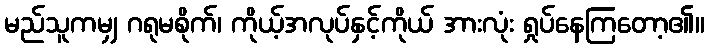
မည်သူကမျှ ဂရုမစိုက်၊ ကိုယ့်အလုပ်နှင့်ကိုယ် အားလုံး ရှုပ်နေကြတော့၏။